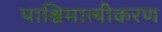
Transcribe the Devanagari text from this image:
पाश्चिमात्यीकरण